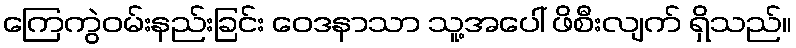
ကြေကွဲဝမ်းနည်းခြင်း ဝေဒနာသာ သူ့အပေါ် ဖိစီးလျက် ရှိသည်။